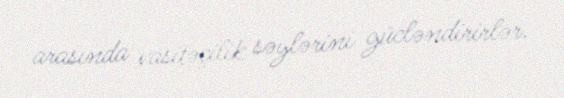
arasında vasitəçilik səylərini gücləndirirlər.